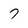
Character: 7